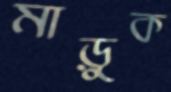
মাড়ুক